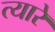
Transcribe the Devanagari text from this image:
त्यारे